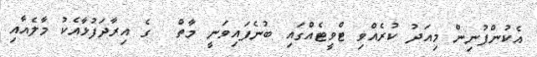
އެކުންފުނިން މިއަދު ކުރެއްވި ޓްވީޓެއްގައި ބުނެފައިވަނީ މާތް  ގެ އިރާދަފުޅާއެކު މާލެއާއި